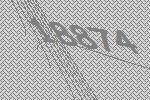
18874